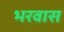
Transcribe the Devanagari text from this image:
भरवास